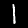
Digit: 1